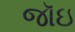
જૉઇ